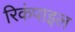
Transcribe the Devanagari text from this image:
रिकंपाइल